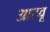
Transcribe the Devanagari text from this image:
आटवू